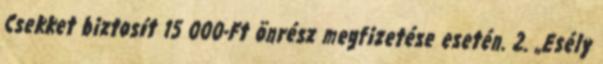
Csekket biztosít 15 000-Ft önrész megfizetése esetén. 2. „Esély